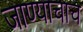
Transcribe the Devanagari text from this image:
जाण्याचाच